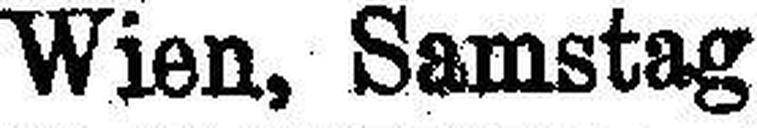
Wien, Samstag